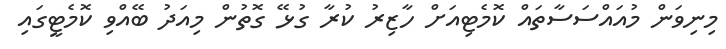
މިނިވަން މުއައްސަސާތައް ކޮމެޓިއަށް ހާޒިރު ކުރާ ގުޅޭ ގޮތުން މިއަދު ބޭއްވި ކޮމެޓީގައި